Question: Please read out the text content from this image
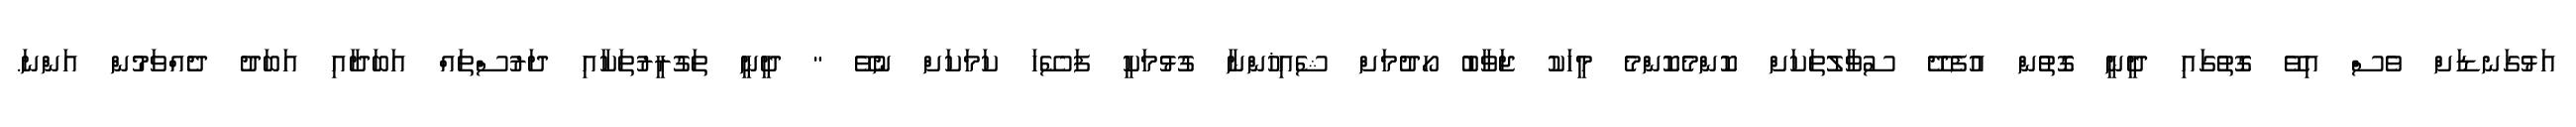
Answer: އަޅުގަނޑަށް ވެސް އިވޭ ގޮތުގައި ދީނީ ގޮތުން އުފެދޭ ސުވާލުތަކަށް ކޮންމެކޮންމެ މީހަކު ޖަވާބު ހޯދުމަށް ޝެއިޚުންނާ ގުޅުމަކީ ފަސޭހަ ކަމަކަށް ނުވޭ " ދީނީ ތަގުރީރުތަކާއި ދަރުސްތައް އަބަދާއި އަބަދު ދެއްވަމުން އަންނަ.